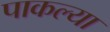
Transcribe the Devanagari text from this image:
पाकल्या